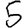
Digit: 5